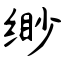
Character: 缈